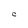
Character: C